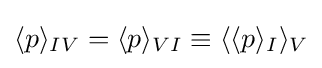
\langle p\rangle _{IV}=\langle p\rangle _{VI}\equiv \langle \langle p\rangle _{I}\rangle _{V}